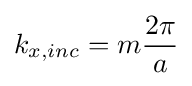
k_{x,inc}=m{\frac {2\pi }{a}}